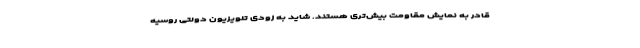
قادر به نمایش مقاومت بیش‌تری هستند. شاید به زودی تلویزیون دولتی روسیه